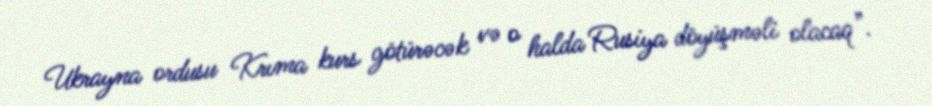
Ukrayna ordusu Krıma kurs götürəcək və o halda Rusiya döyüşməli olacaq”.